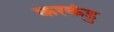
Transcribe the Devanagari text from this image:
करकंडु